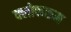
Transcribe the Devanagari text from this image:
क्लोकरूम